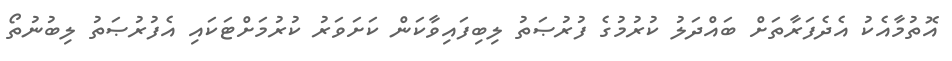
އޮތުމާއެކު އެދެފަރާތަށް ބައްދަލު ކުރުމުގެ ފުރުޞަތު ލިބިފައިވާކަން ކަށަވަރު ކުރުމަށްޓަކައި އެފުރުޞަތު ލިބުނުތޯ